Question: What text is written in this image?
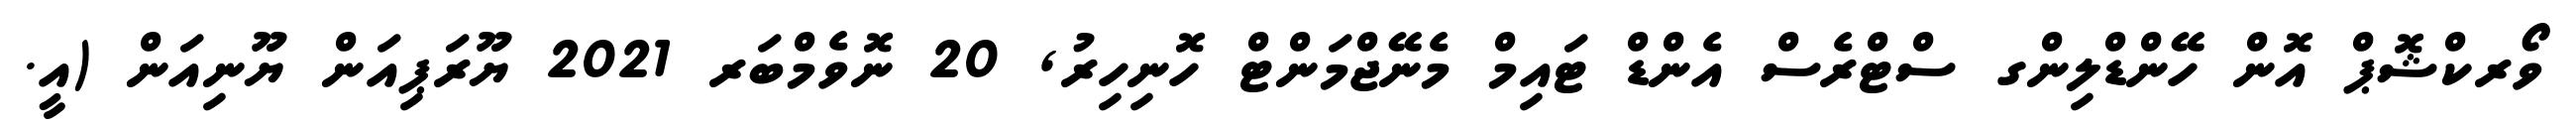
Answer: ވޯރކްޝޮޕް އޮން ހޭންޑްލިންގ ސްޓްރެސް އެންޑް ޓައިމް މެނޭޖްމަންޓް ހޮނިހިރު, 20 ނޮވެމްބަރ 2021 ޔޫރަޕިއަން ޔޫނިއަން (އީ.